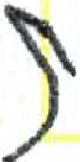
אות: ת